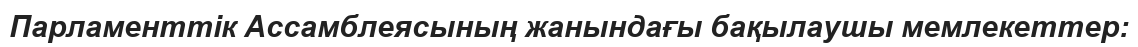
Парламенттік Ассамблеясының жанындағы бақылаушы мемлекеттер: